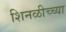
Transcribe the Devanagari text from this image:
शिनळीच्च्या